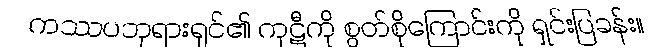
ကဿပဘုရားရှင်၏ ကုဋီကို စွတ်စိုကြောင်းကို ရှင်းပြခန်း။